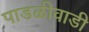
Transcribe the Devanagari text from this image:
पाडळीवाडी